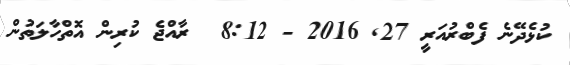
ކުޅެދޭނެ ފެބްރުއަރީ 27